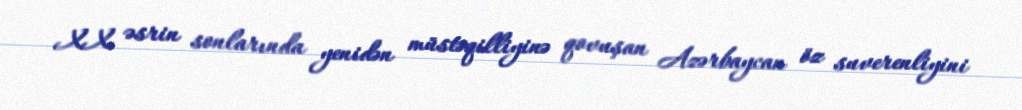
XX əsrin sonlarında yenidən müstəqilliyinə qovuşan Azərbaycan öz suverenliyini